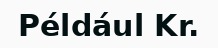
Például Kr.